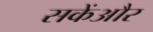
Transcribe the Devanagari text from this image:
सकेंऔर